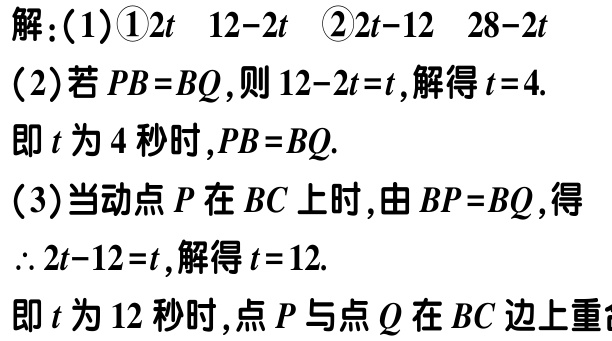
解：(1)\textcircled{1}\(2t\) \(12 - 2t\) \textcircled{2}\(2t - 12\) \(28 - 2t\)

(2)若\(PB = BQ\)，则\(12 - 2t = t\)，解得\(t = 4\).

即\(t\)为\(4\)秒时，\(PB = BQ\).

(3)当动点\(P\)在\(BC\)上时，由\(BP = BQ\)，得

\(\therefore 2t - 12 = t\)，解得\(t = 12\).

即\(t\)为\(12\)秒时，点\(P\)与点\(Q\)在\(BC\)边上重